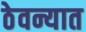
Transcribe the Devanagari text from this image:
ठेवन्यात